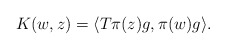
\begin{align*} K(w,z)=\langle T\pi (z)g, \pi (w)g\rangle. \end{align*}